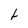
Character: f